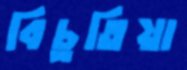
বিচুতিয়া